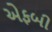
એફબી